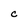
Character: C